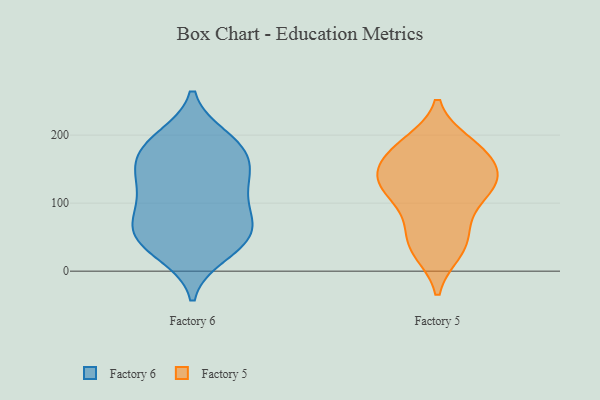
{"axis": {"x": "Population (Million)", "y": "Value"}, "legend": ["Factory 5", "Factory 6"], "data": [{"x": "", "y": 74, "type": "Factory 6"}, {"x": "", "y": 54, "type": "Factory 6"}, {"x": "", "y": 196, "type": "Factory 6"}, {"x": "", "y": 59, "type": "Factory 6"}, {"x": "", "y": 56, "type": "Factory 6"}, {"x": "", "y": 171, "type": "Factory 6"}, {"x": "", "y": 187, "type": "Factory 6"}, {"x": "", "y": 91, "type": "Factory 6"}, {"x": "", "y": 135, "type": "Factory 6"}, {"x": "", "y": 32, "type": "Factory 6"}, {"x": "", "y": 128, "type": "Factory 6"}, {"x": "", "y": 192, "type": "Factory 6"}, {"x": "", "y": 85, "type": "Factory 6"}, {"x": "", "y": 25, "type": "Factory 6"}, {"x": "", "y": 112, "type": "Factory 6"}, {"x": "", "y": 144, "type": "Factory 6"}, {"x": "", "y": 42, "type": "Factory 6"}, {"x": "", "y": 150, "type": "Factory 6"}, {"x": "", "y": 172, "type": "Factory 6"}, {"x": "", "y": 38, "type": "Factory 5"}, {"x": "", "y": 177, "type": "Factory 5"}, {"x": "", "y": 88, "type": "Factory 5"}, {"x": "", "y": 142, "type": "Factory 5"}, {"x": "", "y": 37, "type": "Factory 5"}, {"x": "", "y": 66, "type": "Factory 5"}, {"x": "", "y": 187, "type": "Factory 5"}, {"x": "", "y": 176, "type": "Factory 5"}, {"x": "", "y": 127, "type": "Factory 5"}, {"x": "", "y": 30, "type": "Factory 5"}, {"x": "", "y": 132, "type": "Factory 5"}, {"x": "", "y": 182, "type": "Factory 5"}, {"x": "", "y": 130, "type": "Factory 5"}, {"x": "", "y": 155, "type": "Factory 5"}, {"x": "", "y": 125, "type": "Factory 5"}, {"x": "", "y": 116, "type": "Factory 5"}]}